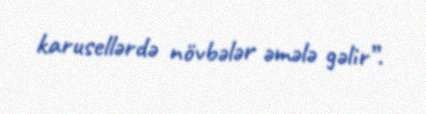
karusellərdə növbələr əmələ gəlir”.